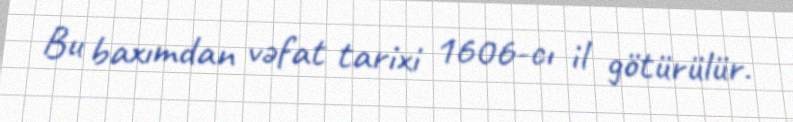
Bu baxımdan vəfat tarixi 1606-cı il götürülür.